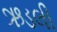
ઋડલી